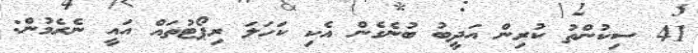
41 ސިކުންތު ކުރިން އަދީބު ބުނެގެން އެކި ކަހަލަ ރިޕޯޓުތައް އައީ ނެރެމުން: